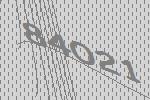
84021